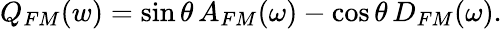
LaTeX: Q_{FM}(w)=\sin\theta\, A_{FM}(\omega)-\cos\theta\, D_{FM}(\omega).